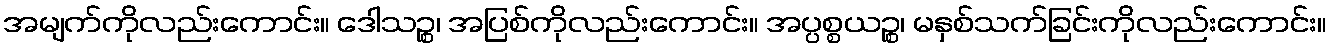
အမျက်ကိုလည်းကောင်း။ ဒေါသဉ္စ၊ အပြစ်ကိုလည်းကောင်း။ အပ္ပစ္စယဉ္စ၊ မနှစ်သက်ခြင်းကိုလည်းကောင်း။